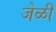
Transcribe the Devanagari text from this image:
जेळी